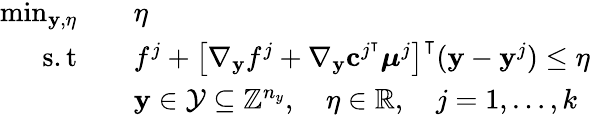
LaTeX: \begin{array}{rl}{\operatorname*{min}_{\mathbf{y},\eta}}&{\quad\eta}\\ {\mathrm{s.t}}&{\quad f^{j}+\left[\nabla_{\mathbf{y}}f^{j}+\nabla_{\mathbf{y}}\mathbf{c}^{j^{\intercal}}\boldsymbol{\mu}^{j}\right]^{\intercal}(\mathbf{y}-\mathbf{y}^{j})\leq\eta}\\ &{\quad\mathbf{y}\in\mathcal{Y}\subseteq\mathbb{Z}^{n_{y}},\quad\eta\in\mathbb{R},\quad j=1,\dots,k}\end{array}